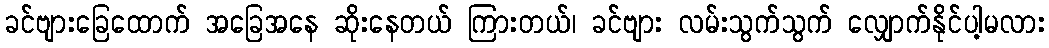
ခင်ဗျားခြေထောက် အခြေအနေ ဆိုးနေတယ် ကြားတယ်၊ ခင်ဗျား လမ်းသွက်သွက် လျှောက်နိုင်ပါ့မလား